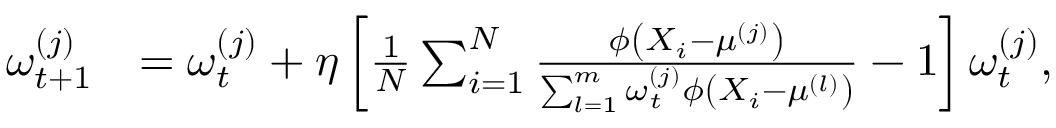
\begin{array} { r l } { \omega _ { t + 1 } ^ { ( j ) } } & { = \omega _ { t } ^ { ( j ) } + \eta \left[ \frac { 1 } { N } \sum _ { i = 1 } ^ { N } \frac { \phi \left( X _ { i } - \mu ^ { ( j ) } \right) } { \sum _ { l = 1 } ^ { m } \omega _ { t } ^ { ( j ) } \phi \left( X _ { i } - \mu ^ { ( l ) } \right) } - 1 \right] \omega _ { t } ^ { ( j ) } , } \end{array}